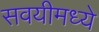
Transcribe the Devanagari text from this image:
सवयीमध्ये